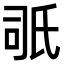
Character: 𣱇